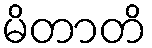
မိတာတိ